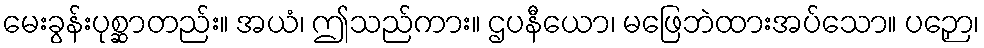
မေးခွန်းပုစ္ဆာတည်း။ အယံ၊ ဤသည်ကား။ ဌပနီယော၊ မဖြေဘဲထားအပ်သော။ ပဉှော၊